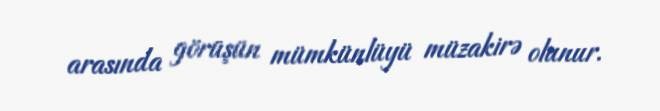
arasında görüşün mümkünlüyü müzakirə olunur.